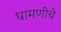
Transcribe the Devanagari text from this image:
धामणीचे